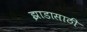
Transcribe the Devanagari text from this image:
झाडासाठी